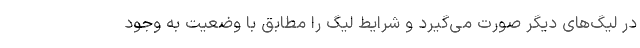
در لیگ‌های دیگر صورت می‌گیرد و شرایط لیگ را مطابق با وضعیت به وجود